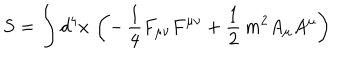
S = \int d ^ { 4 } x \, \left( - \, \frac { 1 } { 4 } F _ { \mu \nu } F ^ { \mu \nu } + \frac { 1 } { 2 } \, m ^ { 2 } A _ { \mu } A ^ { \mu } \right)